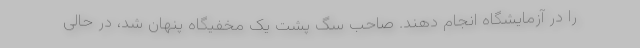
را در آزمایشگاه انجام دهند. صاحب سگ پشت یک مخفیگاه پنهان شد، در حالی